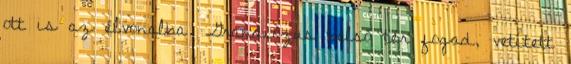
ott is az élvonalba. Grandiózus belső tér fogad, vetített